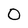
Character: O